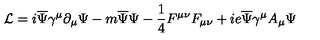
{ \mathcal { L } } = i { \overline { { \Psi } } } \gamma ^ { \mu } \partial _ { \mu } \Psi - m { \overline { { \Psi } } } \Psi - \frac { 1 } { 4 } F ^ { \mu \nu } F _ { \mu \nu } + i e \overline { { \Psi } } { \gamma ^ { \mu } } { A _ { \mu } } { \Psi }